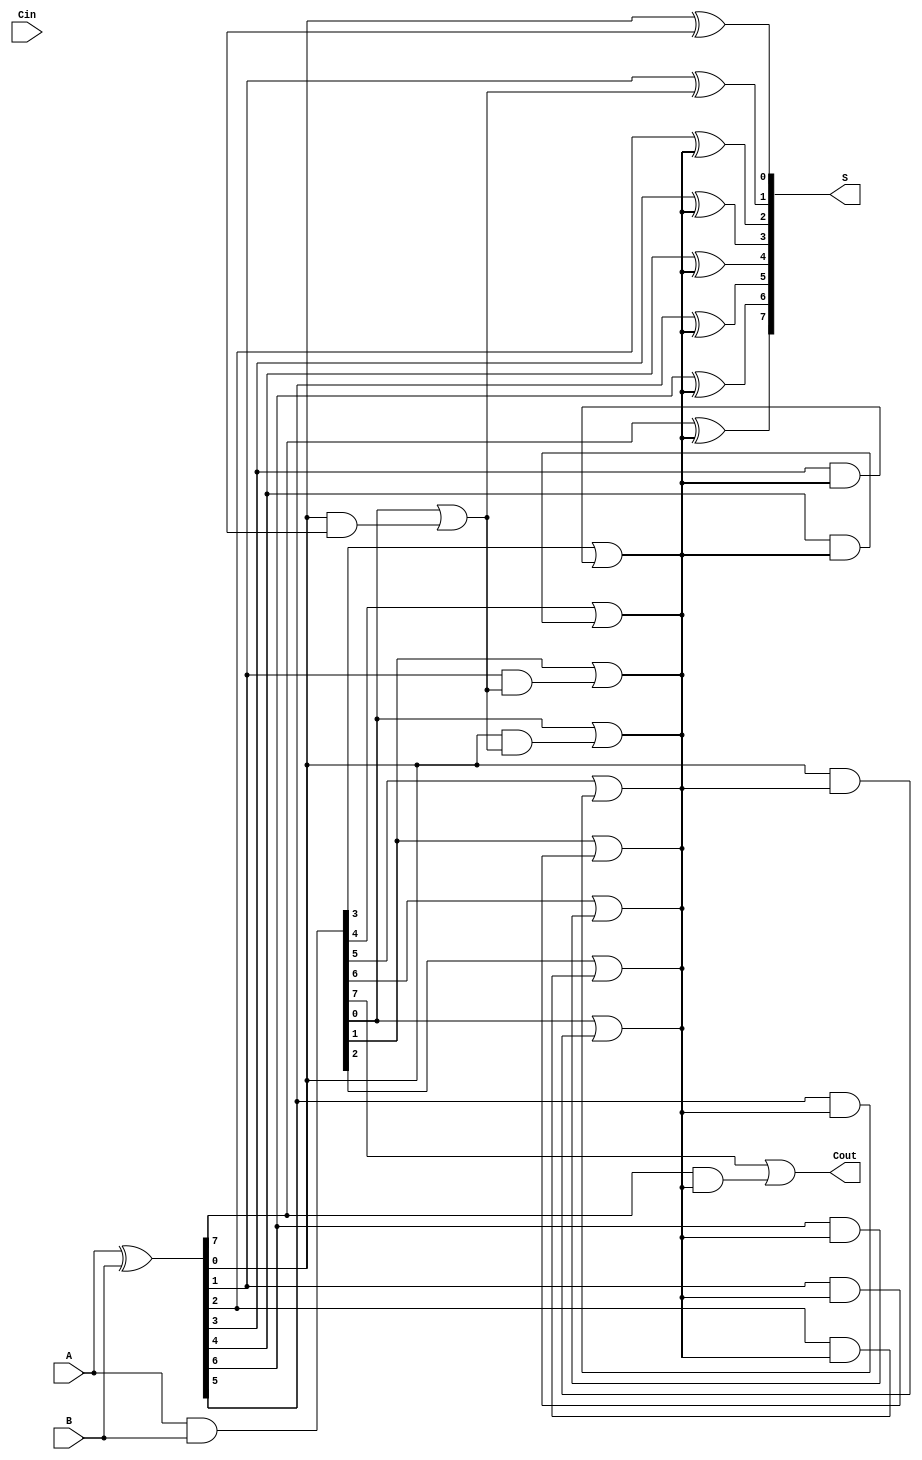
module Sklansky_Adder #(
    parameter N = 8  // Parameter for the bit-width of the adder (can be changed)
)(
    input  [N-1:0] A,   // First n-bit input
    input  [N-1:0] B,   // Second n-bit input
    input        Cin,    // Carry input (optional)
    output [N-1:0] S,    // n-bit sum output
    output       Cout     // Carry output
);

    // Generate and Propagate signals
    wire [N-1:0] G; // Generate signals
    wire [N-1:0] P; // Propagate signals
    assign G = A & B;    // Generate
    assign P = A ^ B;    // Propagate

    // Carry signals at different levels
    wire [N:0] C; // Carry signals, C[0] = Cin

    // Level 1 Carry Computation
    genvar i;
    generate
        for (i = 0; i < N; i = i + 1) begin : level1
            assign C[i + 1] = G[i] | (P[i] & C[i]);
        end
    endgenerate

    // Level 2 Carry Computation
    generate
        for (i = 0; i < N/2; i = i + 1) begin : level2
            assign C[N/2 + i] = G[2*i] | (P[2*i] & C[i + 1]);
            if (i + 1 < N/2) begin
                assign C[N/2 + i + 1] = G[2*i + 1] | (P[2*i + 1] & C[i + 1]);
            end
        end
    endgenerate

    // Repeat the levels until you have a final carry output
    generate
        genvar j;
        for (j = 0; j < N/4; j = j + 1) begin : level3
            assign C[N/4 + j] = G[4*j] | (P[4*j] & C[N/2 + j]);
            if (j + 1 < N/4) begin
                assign C[N/4 + j + 1] = G[4*j + 1] | (P[4*j + 1] & C[N/2 + j]);
            end
        end
    endgenerate

    // Final carry
    assign Cout = C[N];

    // Sum Calculation
    generate
        for (i = 0; i < N; i = i + 1) begin : sum
            assign S[i] = P[i] ^ C[i];
        end
    endgenerate

endmodule